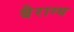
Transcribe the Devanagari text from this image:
बैराग्य